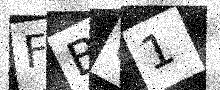
Text: FBU1